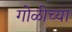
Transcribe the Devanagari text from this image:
गोळीच्या